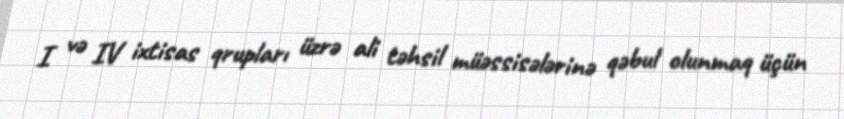
I və IV ixtisas qrupları üzrə ali təhsil müəssisələrinə qəbul olunmaq üçün